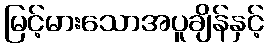
မြင့်မားသောအပူချိန်နှင့်